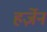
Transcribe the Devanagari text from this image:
हर्ज़ेन